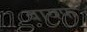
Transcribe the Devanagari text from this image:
बायफ